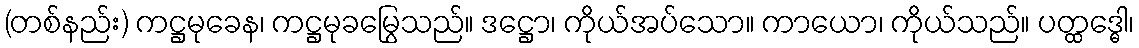
(တစ်နည်း) ကဋ္ဌမုခေန၊ ကဋ္ဌမုခမြွေသည်။ ဒဋ္ဌော၊ ကိုယ်အပ်သော။ ကာယော၊ ကိုယ်သည်။ ပတ္ထဒ္ဓေါ၊